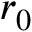
r _ { 0 }